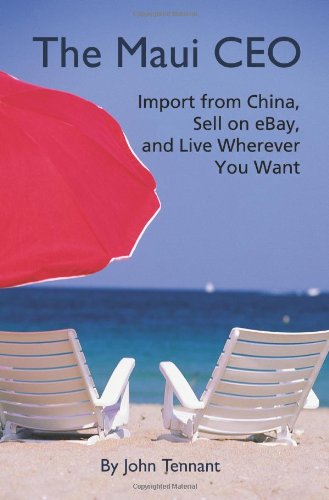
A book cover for The Maui CEO: Import from China, Sell on eBay, and Live Wherever You Want; John Tennant; Computers & Technology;